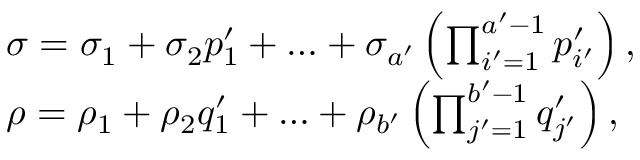
\begin{array} { r l } & { \sigma = \sigma _ { 1 } + \sigma _ { 2 } p _ { 1 } ^ { \prime } + \ldots + \sigma _ { a ^ { \prime } } \left( \prod _ { i ^ { \prime } = 1 } ^ { a ^ { \prime } - 1 } p _ { i ^ { \prime } } ^ { \prime } \right) , } \\ & { \rho = \rho _ { 1 } + \rho _ { 2 } q _ { 1 } ^ { \prime } + \ldots + \rho _ { b ^ { \prime } } \left( \prod _ { j ^ { \prime } = 1 } ^ { b ^ { \prime } - 1 } q _ { j ^ { \prime } } ^ { \prime } \right) , } \end{array}